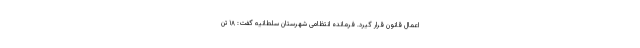
اعمال قانون قرار گیرد. فرمانده انتظامی شهرستان سلطانیه گفت: ۱۸ تن